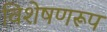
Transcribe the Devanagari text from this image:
विशेषणरूप